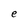
Character: e